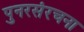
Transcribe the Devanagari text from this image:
पुनरसंरचना